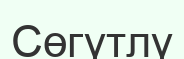
Сөгүтлү